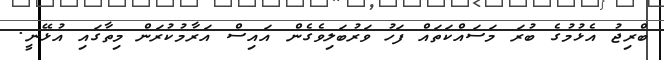
ބްރިޖު އެޅުމުގެ ބުރަ މަސައްކަތައް ފަހު ވަރުބަލިވެގެން އައިސް އަރާމުކުރަން މިތާގައި އުޅޭނީ.